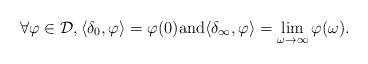
LaTeX: \begin{align*} \forall \varphi \in \mathcal D, \langle \delta_0, \varphi\rangle =\varphi (0) \mbox{and} \langle \delta_\infty, \varphi\rangle =\lim_{\omega\to \infty}\varphi (\omega).\end{align*}